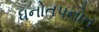
ધનોતપનોત